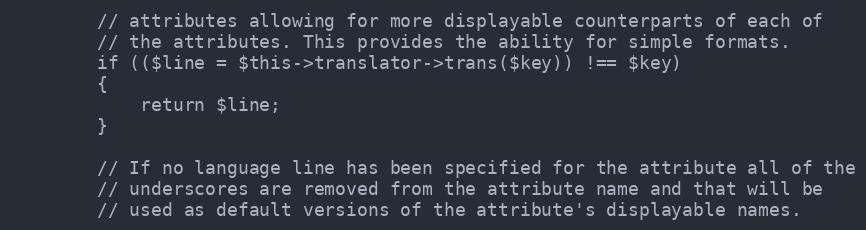
Language: PHP
		// attributes allowing for more displayable counterparts of each of
		// the attributes. This provides the ability for simple formats.
		if (($line = $this->translator->trans($key)) !== $key)
		{
			return $line;
		}

		// If no language line has been specified for the attribute all of the
		// underscores are removed from the attribute name and that will be
		// used as default versions of the attribute's displayable names.